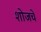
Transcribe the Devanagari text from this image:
शोजचे